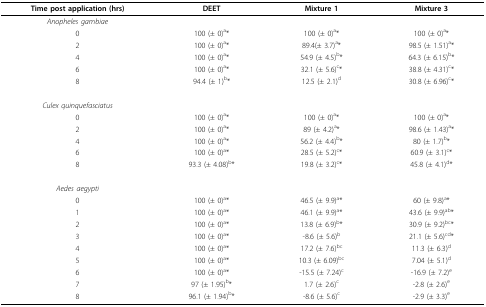
| Time post application (hrs) | DEET | Mixture 1 | Mixture 3 |
 | --- | --- | --- | --- |
 | Anopheles gambiae |  |  |  |
 | 0 | 100 (± 0)a* | 100 (± 0)a* | 100 (± 0)a* |
 | 2 | 100 (± 0)a* | 89.4(± 3.7)a* | 98.5 (± 1.51)a* |
 | 4 | 100 (± 0)a* | 54.9 (± 4.5)b* | 64.3 (± 6.15)b* |
 | 6 | 100 (± 0)a* | 32.1 (± 5.6)c* | 38.8 (± 4.31)c* |
 | 8 | 94.4 (± 1)b* | 12.5 (± 2.1)d | 30.8 (± 6.96)c* |
 | Culex quinquefasciatus |  |  |  |
 | 0 | 100 (± 0)a* | 100 (± 0)a* | 100 (± 0)a* |
 | 2 | 100 (± 0)a* | 89 (± 4.2)a* | 98.6 (± 1.43)a* |
 | 4 | 100 (± 0)a* | 56.2 (± 4.4)b* | 80 (± 1.7)b* |
 | 6 | 100 (± 0)a* | 28.5 (± 5.2)c* | 60.9 (± 3.1)c* |
 | 8 | 93.3 (± 4.08)b* | 19.8 (± 3.2)c* | 45.8 (± 4.1)d* |
 | Aedes aegypti |  |  |  |
 | 0 | 100 (± 0)a* | 46.5 (± 9.9)a* | 60 (± 9.8)a* |
 | 1 | 100 (± 0)a* | 46.1 (± 9.9)a* | 43.6 (± 9.9)ab* |
 | 2 | 100 (± 0)a* | 13.8 (± 6.9)b* | 30.9 (± 9.2)bc* |
 | 3 | 100 (± 0)a* | -8.6 (± 5.6)b | 21.1 (± 5.6)cd* |
 | 4 | 100 (± 0)a* | 17.2 (± 7.6)bc | 11.3 (± 6.3)d |
 | 5 | 100 (± 0)a* | 10.3 (± 6.09)bc | 7.04 (± 5.1)d |
 | 6 | 100 (± 0)a* | -15.5 (± 7.24)c | -16.9 (± 7.2)e |
 | 7 | 97 (± 1.95)b* | 1.7 (± 2.6)c | -2.8 (± 2.6)e |
 | 8 | 96.1 (± 1.94)b* | -8.6 (± 5.6)c | -2.9 (± 3.3)e |